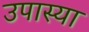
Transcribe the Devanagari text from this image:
उपास्या